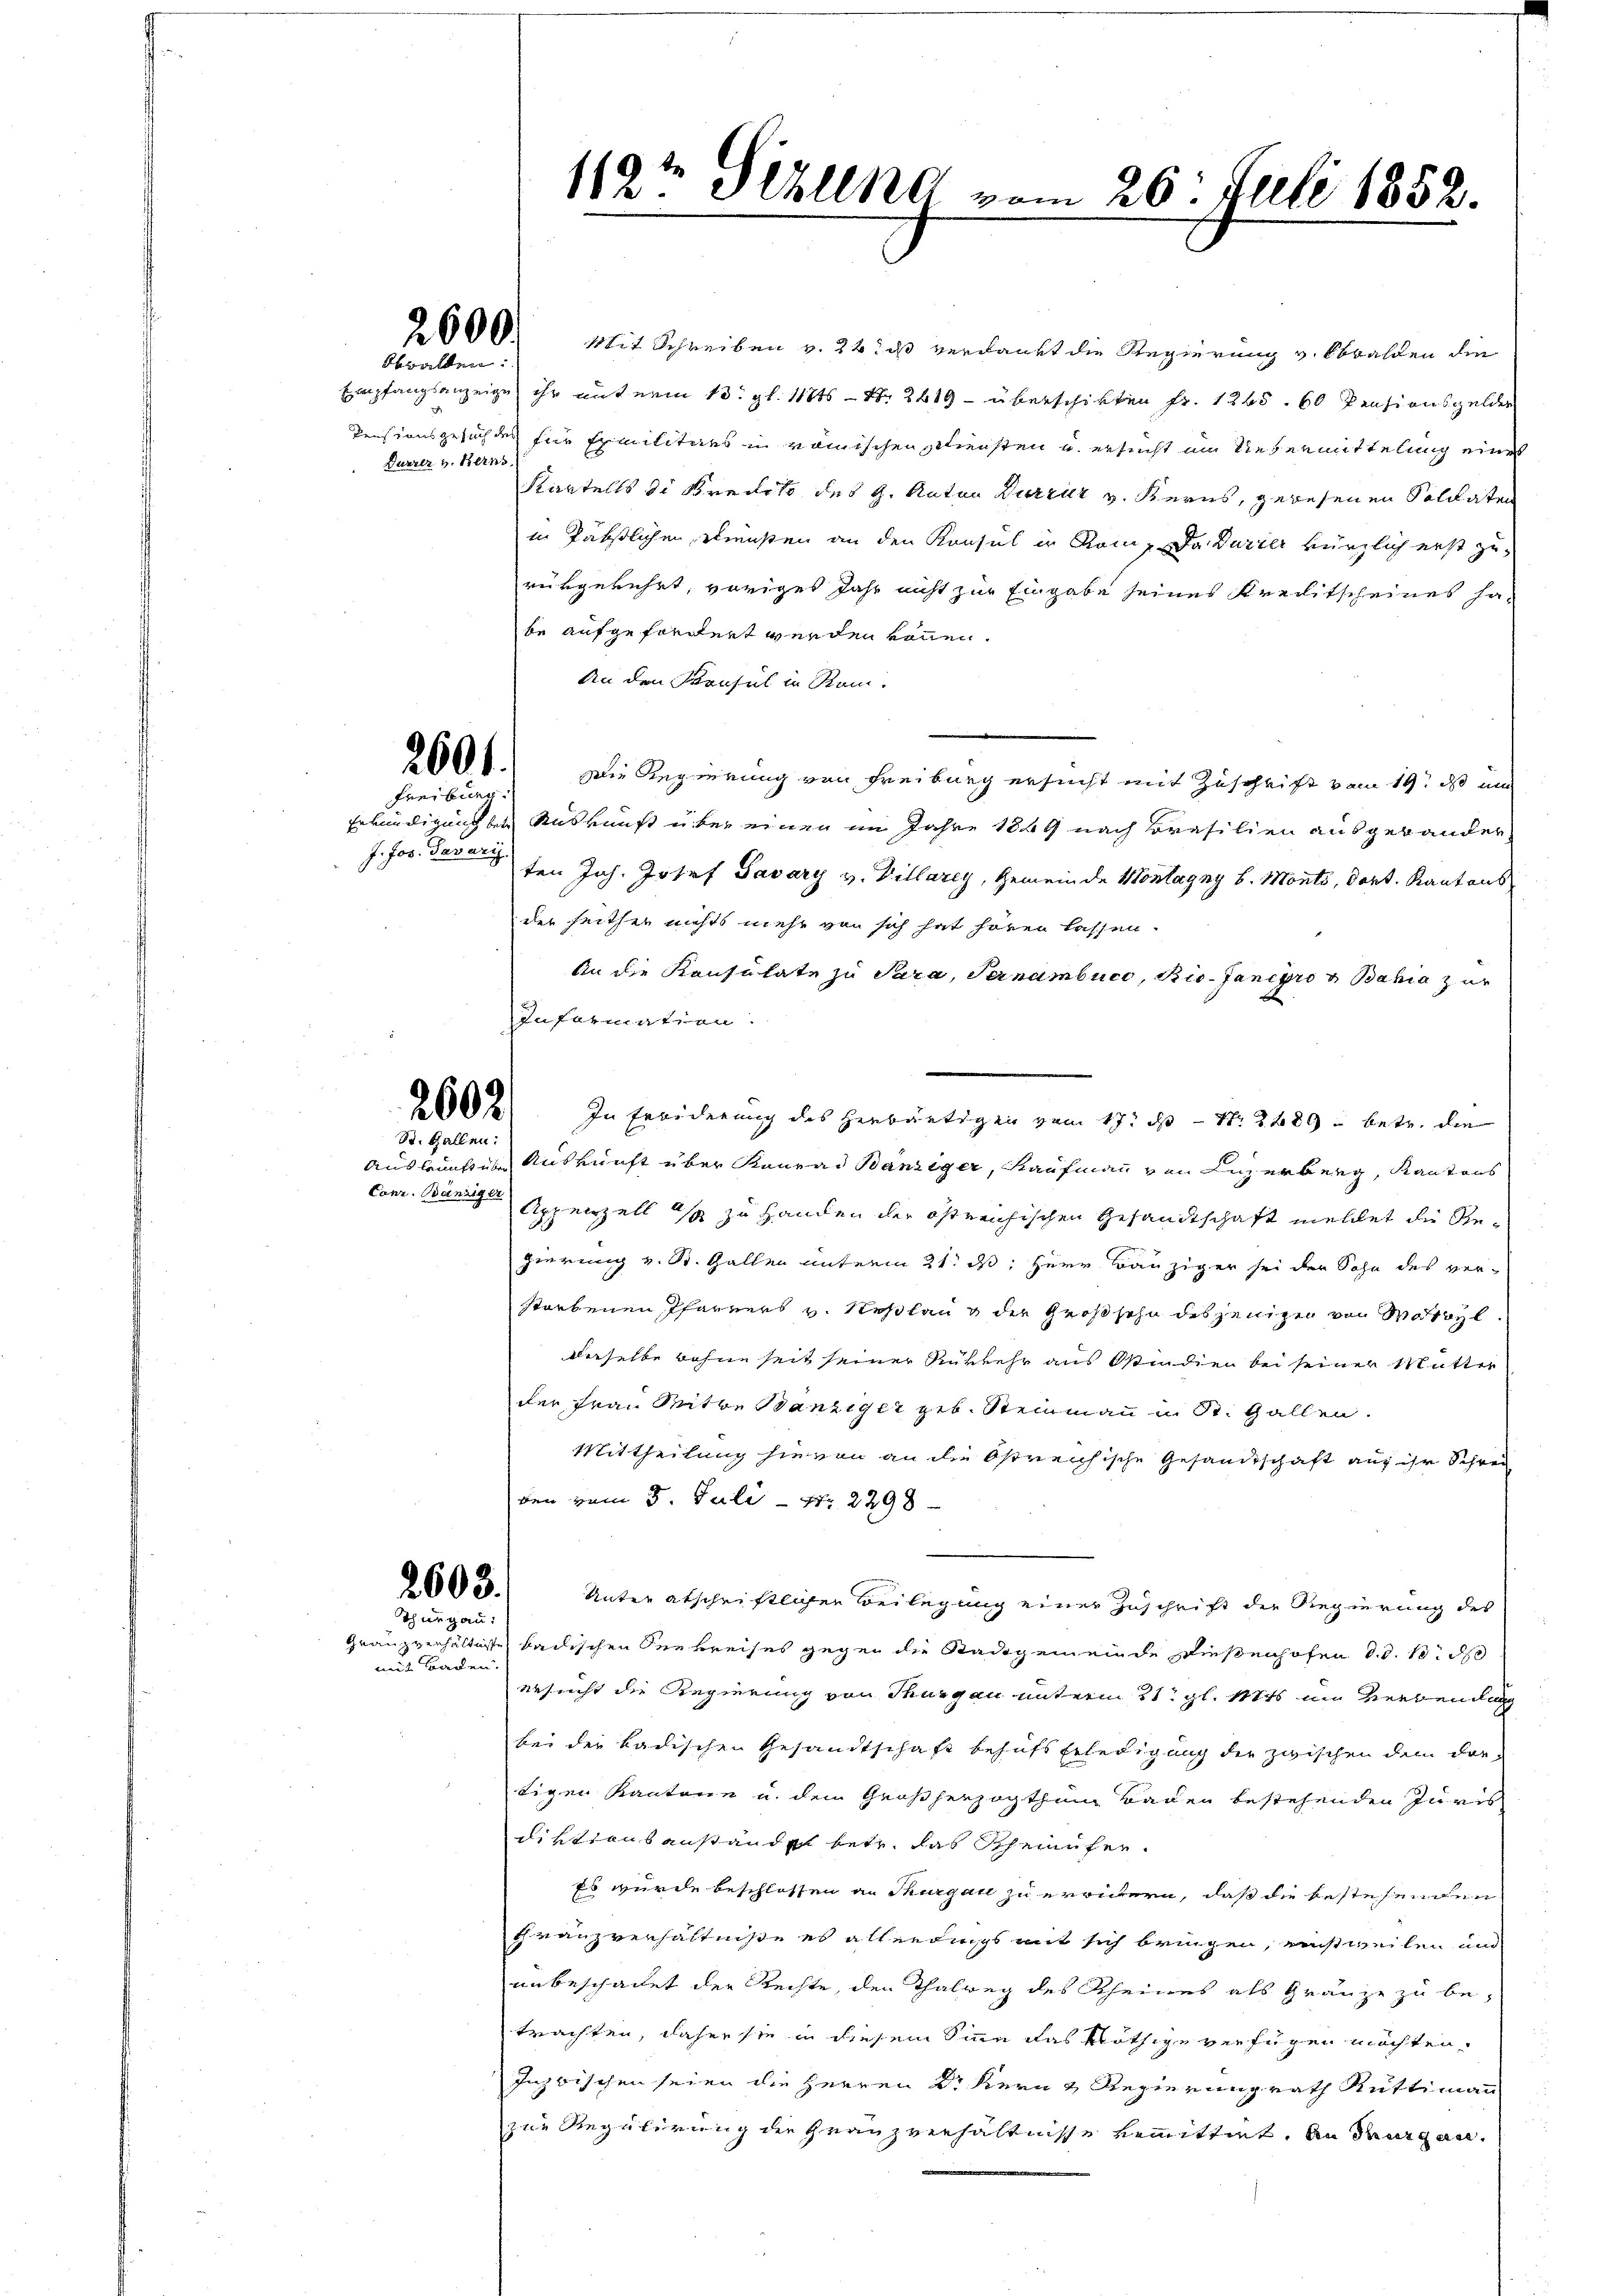
sballen.
Durrer v. Berns

2601.
Freiben

J. Jos. Tavari

2602

St. Gallen:

2603.
Thurgau:

Granz verhältnisse
aus Baden.

2600. Mit Schreiben v. 24. ds verdankt die Regierung v. Obwalden die
Empfangsanzeige ihr unterm 13. gl. 11845 - Nr. 2619 - überschikten Fr. 1265. 60 Pensionsgelder
Pensionsgesuchten für Emilitärs un römischen Diensten u. ersucht im Uebermittelung eines
Kartels die Kredito des H. Anton Kurzer v. Kerns, gewesenen Soldaten
in Päbstlichen Diensten an den Konsul in Rom. Da Durrer kürzlich erst zu
rükgekehrt, voriges Jahr nicht zur Eingabe seines Kreditscheines habe aufgefordert werden können.
An den Bernsul in Rein.
Die Regierung von Freiburg ersucht mit Zuschrift vom 19. ds um
Erkundigung des Auskunft über einen im Jahre 1849 nach Brasilien ausgewander
ten Joh. Josef Savary v. Villarey, Gemeinde Montagny b. Monts, dort. Kantons
der seither nichts mehr von sich hat hören lassen.
An die Konsulate zu Para, Pernambuce, Bio-Jancyro & Bahia zur
Information.
Auskünften Auskunft über Konrad Bänziger, Kaufmann von Luzerberg, Kantons
Conr. Bannes Appenzell es zu Handen der östreichischen Gesandtschaft mellet die Regierung v. St. Gallen unterm 21. ds Herr Banziger sei der Sohn des verstorbenen Pfarrers v. Neßlang der Großsohn desjenigen von Wostol
derselbe wohne seit seiner Rükkehr aus Ostindien bei seiner Mutter
der Frau Witwe Wanziger geb. Steinmann in St. Gallen.
Mittheilung hievon an die Ostreichische Gesandtschaft auf ihr Schreiden vom 3. Juli - Nr. 2298
Unter abschriftlichen Beilegung einer Zuschrift der Regierung des
badischen Seekreises gegen die Stadtgemeinde Dießenhofen d. d. 10. d
ersucht die Regierung von Thurgau unterm 21. gl. Mts. um Verbendung
bei der badischen Gesandtschaft behufs Erledigung der zwischen dem dar-
tigen Kantone u. dem Großherzogthum Baden bestehenden Juris
Diktionsanstanden betr. das Scheinufer¬
Es wurde beschlossen an Thurgau zu erwitern, daß die bestehenden
thranzverhältniße es allerdings mit sich bringen, einstweilen und
unbeschadet der Rechte, den Thalweg des Rheines als Gränze zu be-
trachten, daher sie in diesem Sinn das Nöthige verfügen möchten,
Inzwischen seien die Herren Dr Kern & Regierung rath Rüttimann
zur Regulirung der Franzverhältnisse bemittirt. An Thurgan¬

119t Seelena vom 26. Juli 1852.

In Erwiderung des Herbäutigen vom 17t d Nr. 2489 betr. die